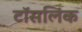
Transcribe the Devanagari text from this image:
टॉसलिंक